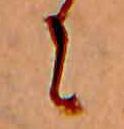
に